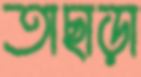
তাছাড়া